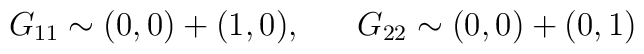
G_{11} \sim (0,0) + (1,0),~~~~~ G_{22} \sim (0,0) + (0,1)